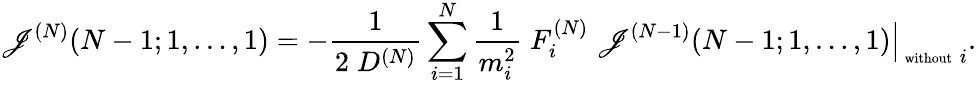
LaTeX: \mathscr{J}^{(N)}(N-1;1,\ldots,1)=-\frac{{1}}{{2\; D^{(N)}}}\sum_{i=1}^{N}\frac{{1}}{{m_{i}^{2}}}\; F_{i}^{(N)}\; \left.\mathscr{J}^{(N-1)}(N-1;1,\ldots,1)\right|_{\mathrm{{\scriptsize~without}}\; i}.